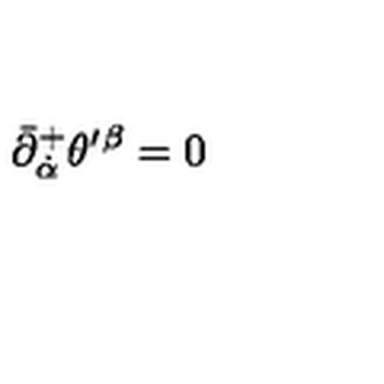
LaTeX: \bar { \partial } _ { \dot { \alpha } } ^ { + } \theta ^ { \prime } { } ^ { \beta } = 0